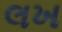
લખ